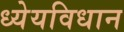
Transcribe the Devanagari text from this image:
ध्येयविधान